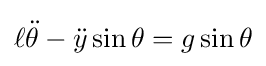
\ell {\ddot {\theta }}-{\ddot {y}}\sin \theta =g\sin \theta